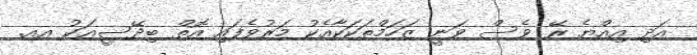
އަދި އިއްޔެ ރޭ ވެސް ވަނީ ޒަހަމްތަކަކާއެކު މަރުވެފައި އޮތް ބިދޭސީއަކު އއ.